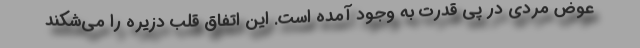
عوض مردی در پی قدرت به وجود آمده است. این اتفاق قلب دزیره را می‌شکند